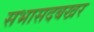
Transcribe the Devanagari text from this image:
सभासदबखर